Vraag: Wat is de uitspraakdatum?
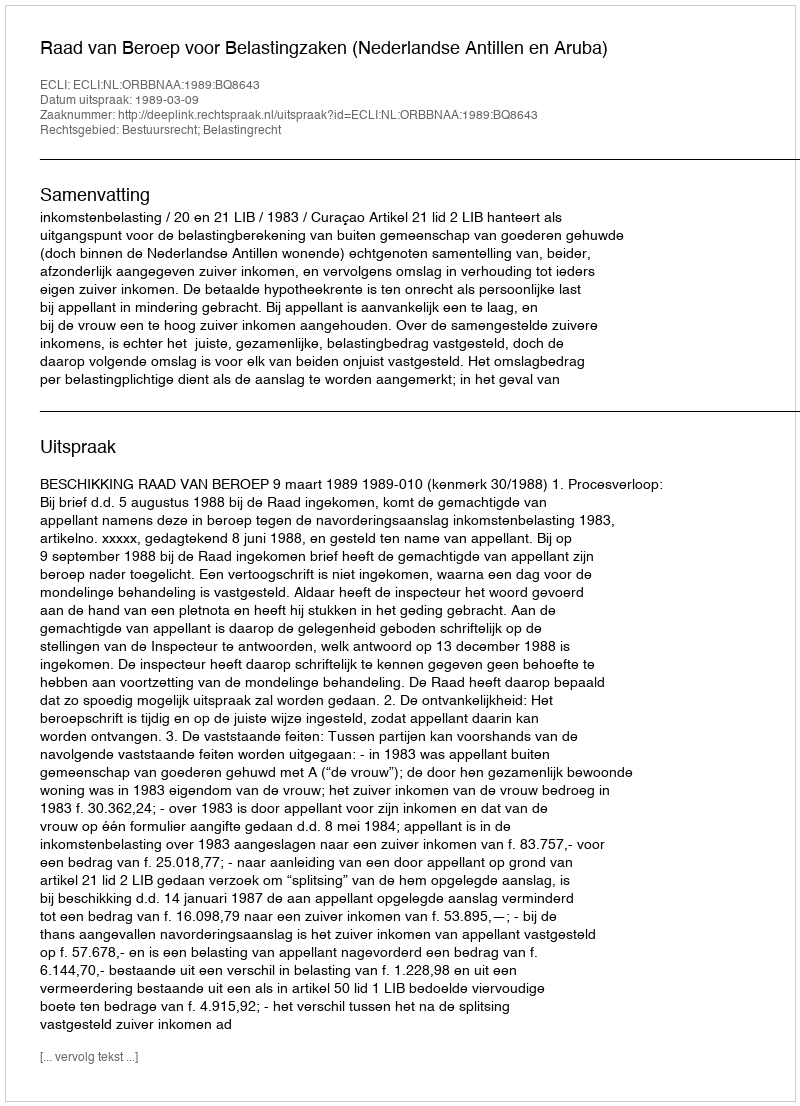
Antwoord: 1989-03-09